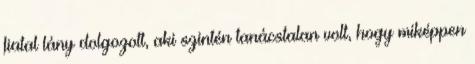
fiatal lány dolgozott, aki szintén tanácstalan volt, hogy miképpen